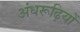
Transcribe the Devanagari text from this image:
अंधरूढ़ियों